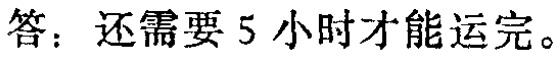
答：还需要 5 小时才能运完。